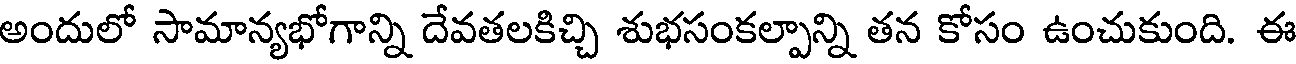
అందులో సామాన్యభోగాన్ని దేవతలకిచ్చి శుభసంకల్పాన్ని తన కోసం ఉంచుకుంది. ఈ